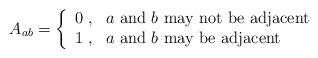
LaTeX: \begin{align*}A_{ab}=\left\{\begin{array}{ll}0\;,&\mbox{$a$ and $b$ may not be adjacent}\\1\;,&\mbox{$a$ and $b$ may be adjacent}\end{array}\right.\end{align*}